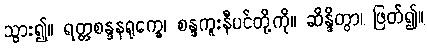
သွား၍။ ရတ္တစန္ဒနရုက္ခေ၊ စန္ဒကူးနီပင်တို့ကို။ ဆိန္ဒိတွာ၊ ဖြတ်၍။